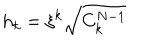
LaTeX: h _ { k } = \xi ^ { k } \sqrt { C _ { k } ^ { N - 1 } }